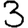
Digit: 3